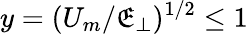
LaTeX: y=(U_{m}/\mathfrak{E}_{\perp})^{1/2}\le1